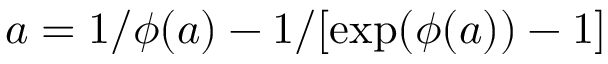
a = 1 / { \phi ( a ) } - 1 / [ \exp ( \phi ( a ) ) - 1 ] ~ \,